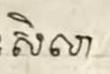
សិលា